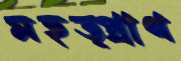
মহত্প্রাণ